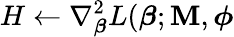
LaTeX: H\gets\nabla_{\boldsymbol{\beta}}^{2}L(\boldsymbol{\beta};\mathbf{M},\boldsymbol{\phi}